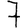
Digit: 7